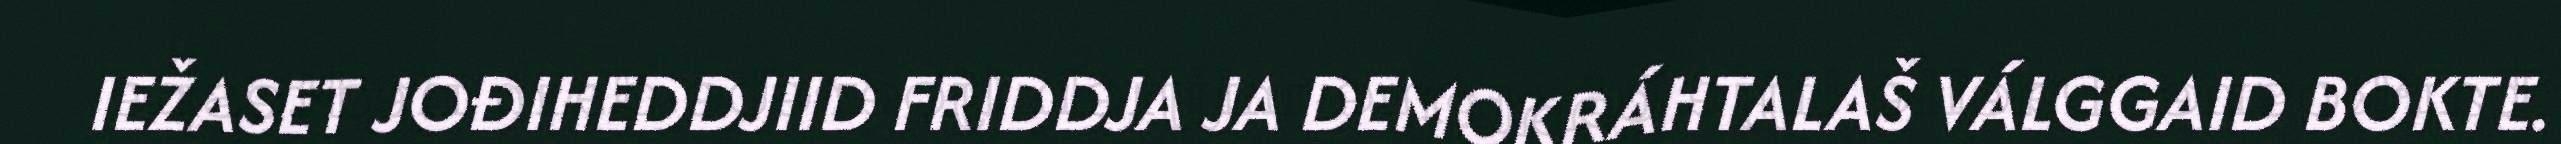
IEŽASET JOĐIHEDDJIID FRIDDJA JA DEMOKRÁHTALAŠ VÁLGGAID BOKTE.